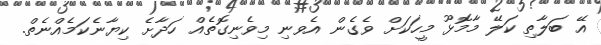
އޭ ބަލާތި ކަލޭ މާމޮޅޫ މީހަކަށް ވެގެން އެވނި މިވެނިގޮތެއް ހަދާށެ ކިޔާނެކަމެއްނެތް.